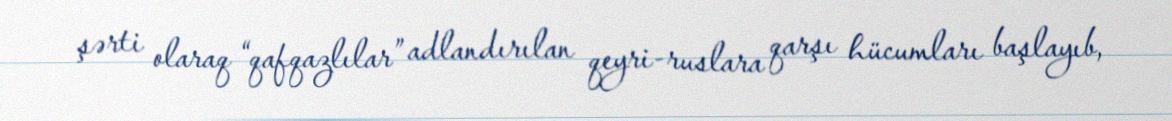
şərti olaraq “qafqazlılar” adlandırılan qeyri-ruslara qarşı hücumları başlayıb,